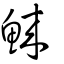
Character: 鯠